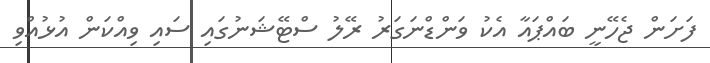
ފަށަން ޖެހޭނީ ބައްޕައާ އެކު ވަންޑްނަގަރު ރޭލު ސްޓޭޝަނުގައި ސައި ވިއްކަން އުޅުއްވި